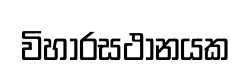
විහාරසථානයක